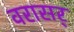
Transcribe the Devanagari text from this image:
वरासर्